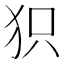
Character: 𤝖